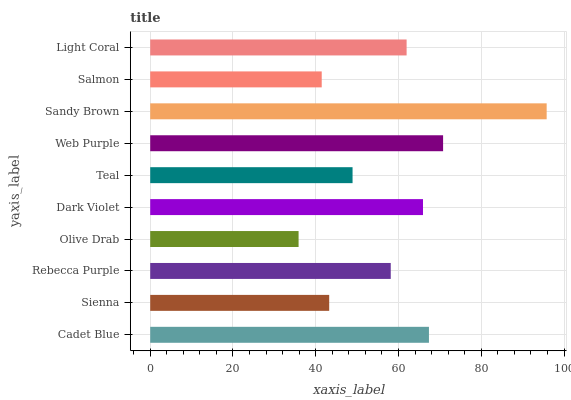
| yaxis_label | bars |
 | --- | --- |
 | Cadet Blue | 67.3 |
 | Sienna | 43.2 |
 | Rebecca Purple | 58.1 |
 | Olive Drab | 35.8 |
 | Dark Violet | 65.9 |
 | Teal | 48.9 |
 | Web Purple | 70.8 |
 | Sandy Brown | 95.8 |
 | Salmon | 41.4 |
 | Light Coral | 62 |